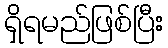
ရှိရမည်ဖြစ်ပြီး